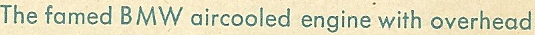
The famed BMW aircooled engine with overhead